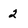
Character: 2